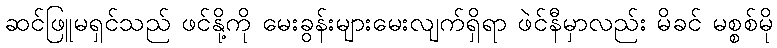
ဆင်ဖြူမရှင်သည် ဖင်နို့ကို မေးခွန်းများမေးလျက်ရှိရာ ဖဲင်နီမှာလည်း မိခင် မစ္စစ်မို